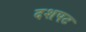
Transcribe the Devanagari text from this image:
दशपट